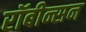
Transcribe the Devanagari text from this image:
रॉबीन्सन